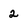
Character: 2